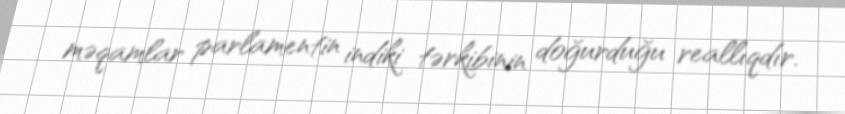
məqamlar parlamentin indiki tərkibinin doğurduğu reallıqdır.